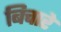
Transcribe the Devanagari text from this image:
बिचारे